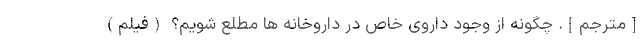
[مترجم]. چگونه از وجود داروی خاص در داروخانه ها مطلع شویم؟ (فیلم)